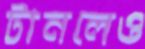
টানলেও